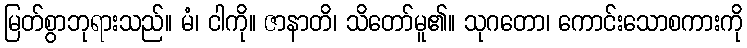
မြတ်စွာဘုရားသည်။ မံ၊ ငါကို။ ဇာနာတိ၊ သိတော်မူ၏။ သုဂတော၊ ကောင်းသောစကားကို